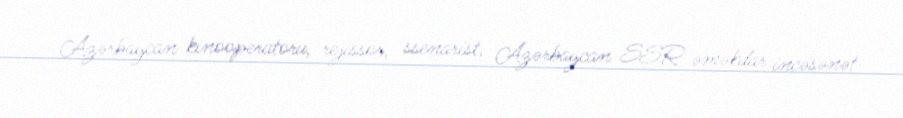
Azərbaycan kinooperatoru, rejissor, ssenarist, Azərbaycan SSR əməkdar incəsənət